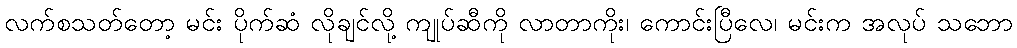
လက်စသတ်တော့ မင်း ပိုက်ဆံ လိုချင်လို့ ကျုပ်ဆီကို လာတာကိုး၊ ကောင်းပြီလေ၊ မင်းက အလုပ် သဘော